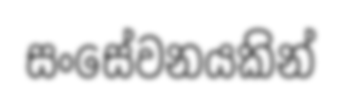
සංසේවනයකින්